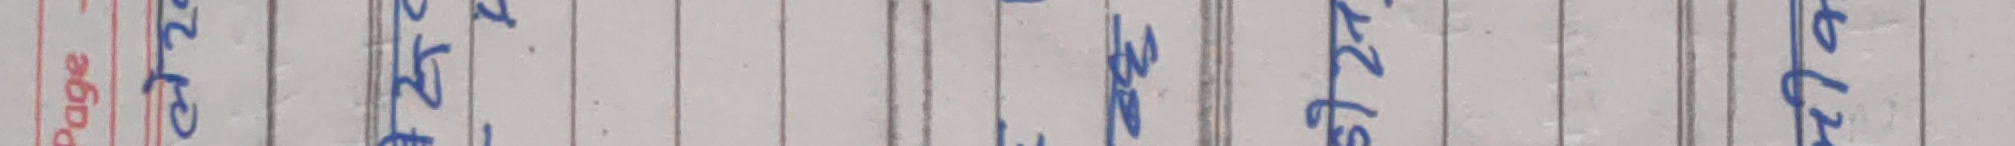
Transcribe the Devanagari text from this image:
page आज मिति ५ जेष्ठ २० ८०